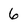
Character: 6